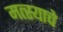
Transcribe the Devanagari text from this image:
मत्स्याचे